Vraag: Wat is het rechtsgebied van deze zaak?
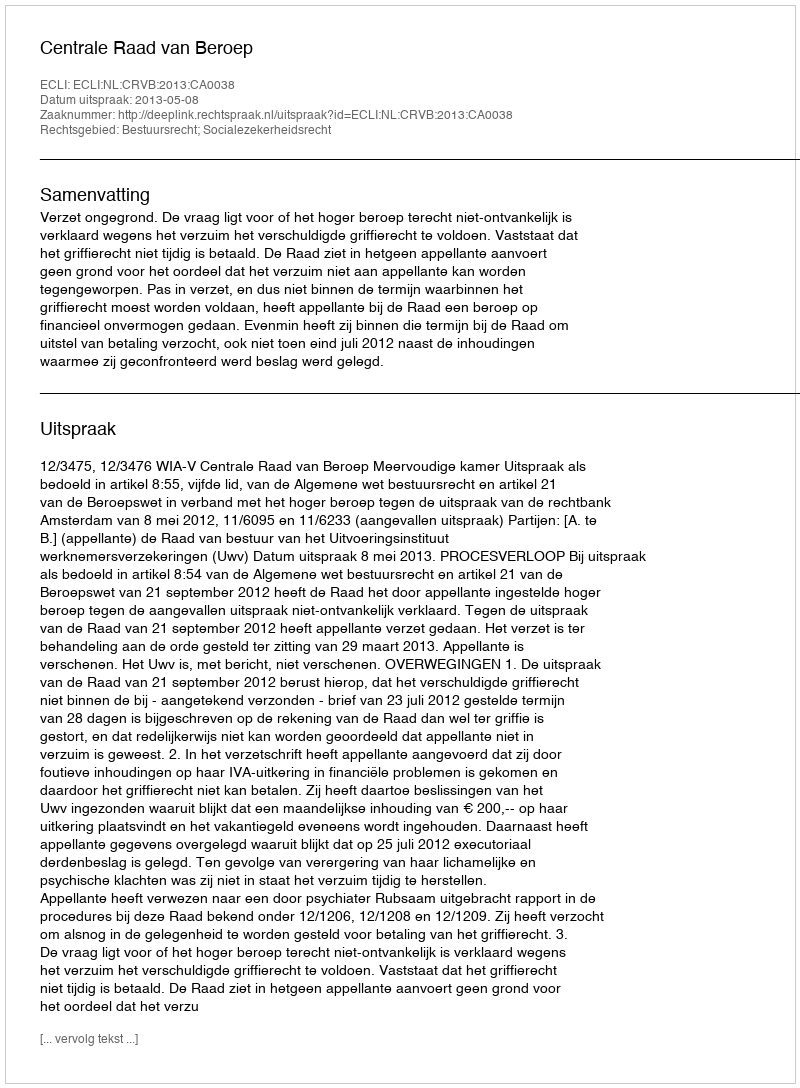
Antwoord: Bestuursrecht; Socialezekerheidsrecht